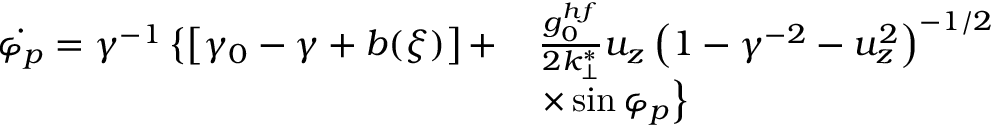
\begin{array} { r l } { \dot { \varphi _ { p } } = \gamma ^ { - 1 } \left\{ \left[ \gamma _ { 0 } - \gamma + b ( \xi ) \right] + \right. } & { \frac { g _ { 0 } ^ { h f } } { 2 k _ { \perp } ^ { * } } u _ { z } \left( 1 - \gamma ^ { - 2 } - u _ { z } ^ { 2 } \right) ^ { - 1 / 2 } } \\ & { \left. \times \sin \varphi _ { p } \right\} } \end{array}